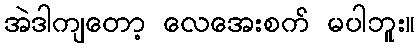
အဲဒါကျတော့ လေအေးစက် မပါဘူး။